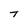
Character: t